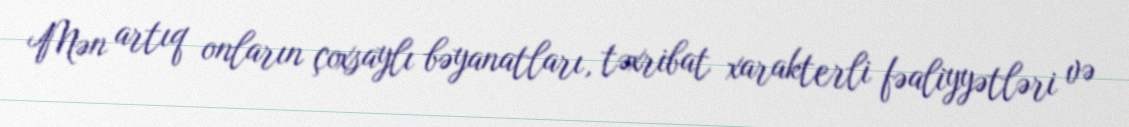
Mən artıq onların çoxsaylı bəyanatları, təxribat xarakterli fəaliyyətləri və